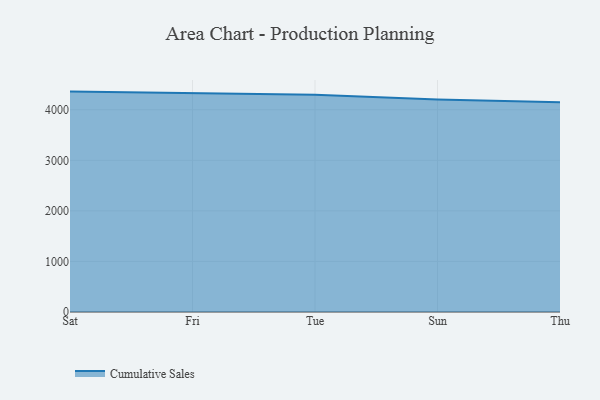
{"axis": {"x": "Day", "y": "Tickets Resolved"}, "legend": ["Cumulative Sales"], "data": [{"x": "Sat", "y": 4358.5, "type": "Cumulative Sales"}, {"x": "Fri", "y": 4333.3, "type": "Cumulative Sales"}, {"x": "Tue", "y": 4296.1, "type": "Cumulative Sales"}, {"x": "Sun", "y": 4200.3, "type": "Cumulative Sales"}, {"x": "Thu", "y": 4147.6, "type": "Cumulative Sales"}]}